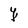
Character: Y